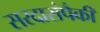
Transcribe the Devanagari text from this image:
सरदारांपैकी